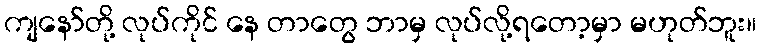
ကျနော်တို့ လုပ်ကိုင် နေ တာတွေ ဘာမှ လုပ်လို့ရတော့မှာ မဟုတ်ဘူး။